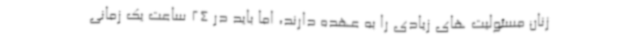
زنان مسئولیت های زیادی را به عهده دارند، اما باید در 24 ساعت یک زمانی